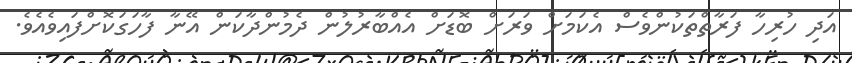
އަދި ހުރިހާ ފަރާތްތަކުންވެސް އެކަމަށް ވަރަށް ބޮޑަށް އެއްބާރުލުން ދެމުންދާކަން އޭނާ ފާހަގަކޮށްފައިވެއެވެ.